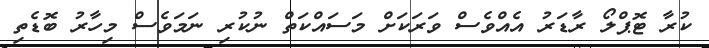
ކުރާ ޓޮޕްލޯ ރާޑަރު އެއްވެސް ވަރަކަށް މަސައްކަތް ނުކުރި ނަމަވެސް މިހާރު ބޮޑެތި